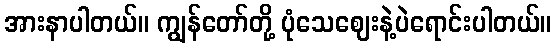
အားနာပါတယ်။ ကျွန်တော်တို့ ပုံသေဈေးနဲ့ပဲရောင်းပါတယ်။